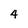
Character: 4